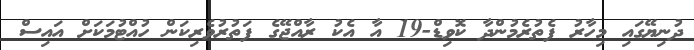
ދުނިޔޭގައި މިހާރު ފެތުރެމުންދާ ކޮވިޑް-19 އާ އެކު ރާއްޖޭގެ ފަތުރުވެރިކަން ހުއްޓުމަކަށް އައިސް